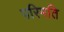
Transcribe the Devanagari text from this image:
परिमति